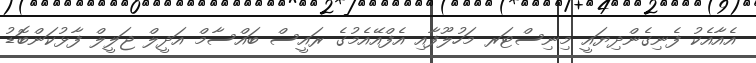
އެއާއެކު ފެނިގެންދިޔައީ މިނިސްޓަރ މަހުލޫފާއި އެފްއޭއެމުގެ ރައީސް ބައްސާމް އަދީލް ޖަލީލް ފާޅުކަންބޮޑު